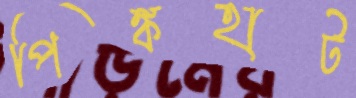
পিঙ্কহাট